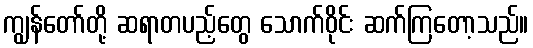
ကျွန်တော်တို့ ဆရာတပည့်တွေ သောက်ဝိုင်း ဆက်ကြတော့သည်။